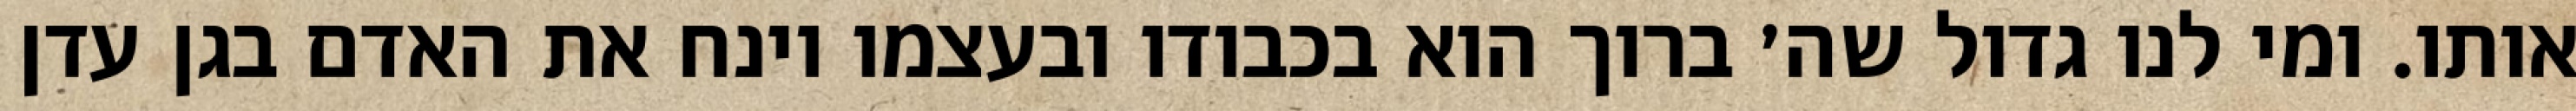
אותו. ומי לנו גדול שה׳ ברוך הוא בכבודו ובעצמו וינח את האדם בגן עדן